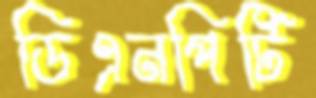
ডিএনপিটি